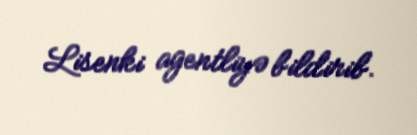
Lisenki agentliyə bildirib.